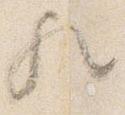
歟